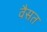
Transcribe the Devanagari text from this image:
वैसत